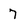
Character: 7